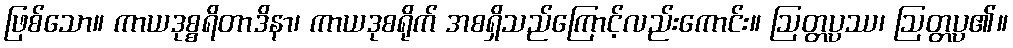
ဖြစ်သော။ ကာယဒုစ္စရိတာဒိနာ၊ ကာယဒုစရိုက် အစရှိသည်ကြောင့်လည်းကောင်း။ ဩတ္တပ္ပဿ၊ ဩတ္တပ္ပ၏။